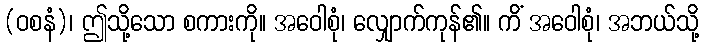
(ဝစနံ)၊ ဤသို့သော စကားကို။ အဝေါစုံ၊ လျှောက်ကုန်၏။ ကိံ အဝေါစုံ၊ အဘယ်သို့